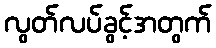
လွတ်လပ်ခွင့်အတွက်